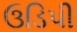
ઉડિપી